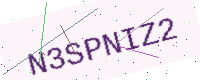
Text: N3SPNIZ2